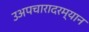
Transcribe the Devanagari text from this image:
उअपचारादरम्यान